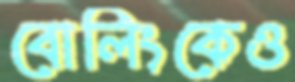
বোলিংকেও